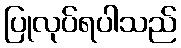
ပြုလုပ်ရပါသည်